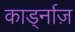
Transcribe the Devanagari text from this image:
कार्ड्नाज़